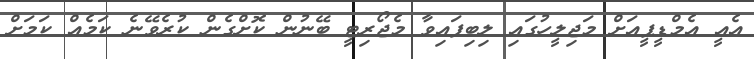
އެއީ އެމްޑީޕީއަށް މަޖިލީހުގައި ލިބިފައިވާ މެޖޯރިޓީ ބޭނުން ކޮށްގެން ކުރެވޭނެ ކަމެއް ކަމަށް